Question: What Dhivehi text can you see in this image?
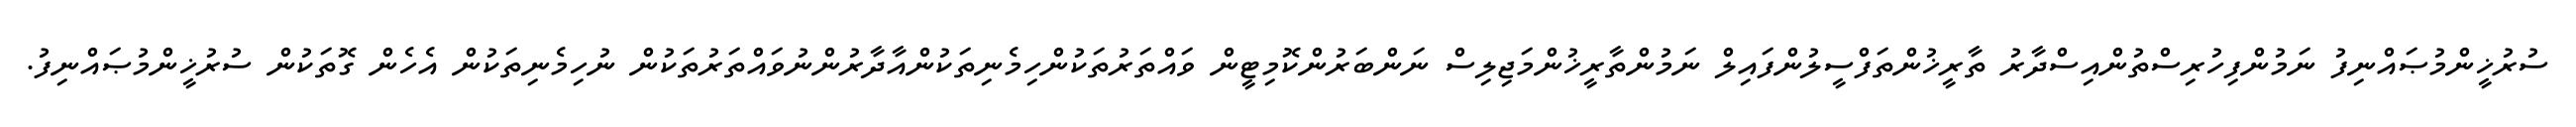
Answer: ސުރުޚީންމުޞައްނިފު ނަމުންފިހުރިސްތުންއިސްދާރު ތާރީޚުންތަފްސީލުންފައިލް ނަމުންތާރީޚުންމަޖިލިސް ނަންބަރުންކޮމިޓީން ވައްތަރުތަކުންހިމެނިތަކުންއާދާރުންނުވައްތަރުތަކުން ނުހިމެނިތަކުން އެހެން ގޮތަކުން ސުރުޚީންމުޞައްނިފު.